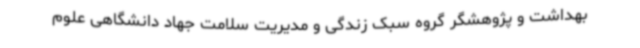
بهداشت و پژوهشگر گروه سبک زندگی و مدیریت سلامت جهاد دانشگاهی علوم